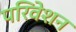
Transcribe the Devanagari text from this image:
परिवेशन